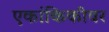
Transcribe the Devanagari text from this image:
एकांकिकीवर